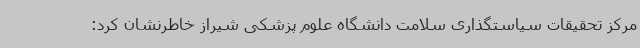
مرکز تحقیقات سیاستگذاری سلامت دانشگاه علوم پزشکی شیراز خاطرنشان کرد: